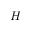
\boldsymbol { H }